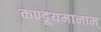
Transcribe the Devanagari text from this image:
कण्डूयमानाम्